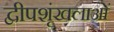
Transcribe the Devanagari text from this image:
द्वीपशृंखलाओं